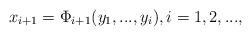
LaTeX: \begin{align*} x_{i+1} = \Phi_{i+1}(y_{1},...,y_{i}), i=1,2,...,\end{align*}